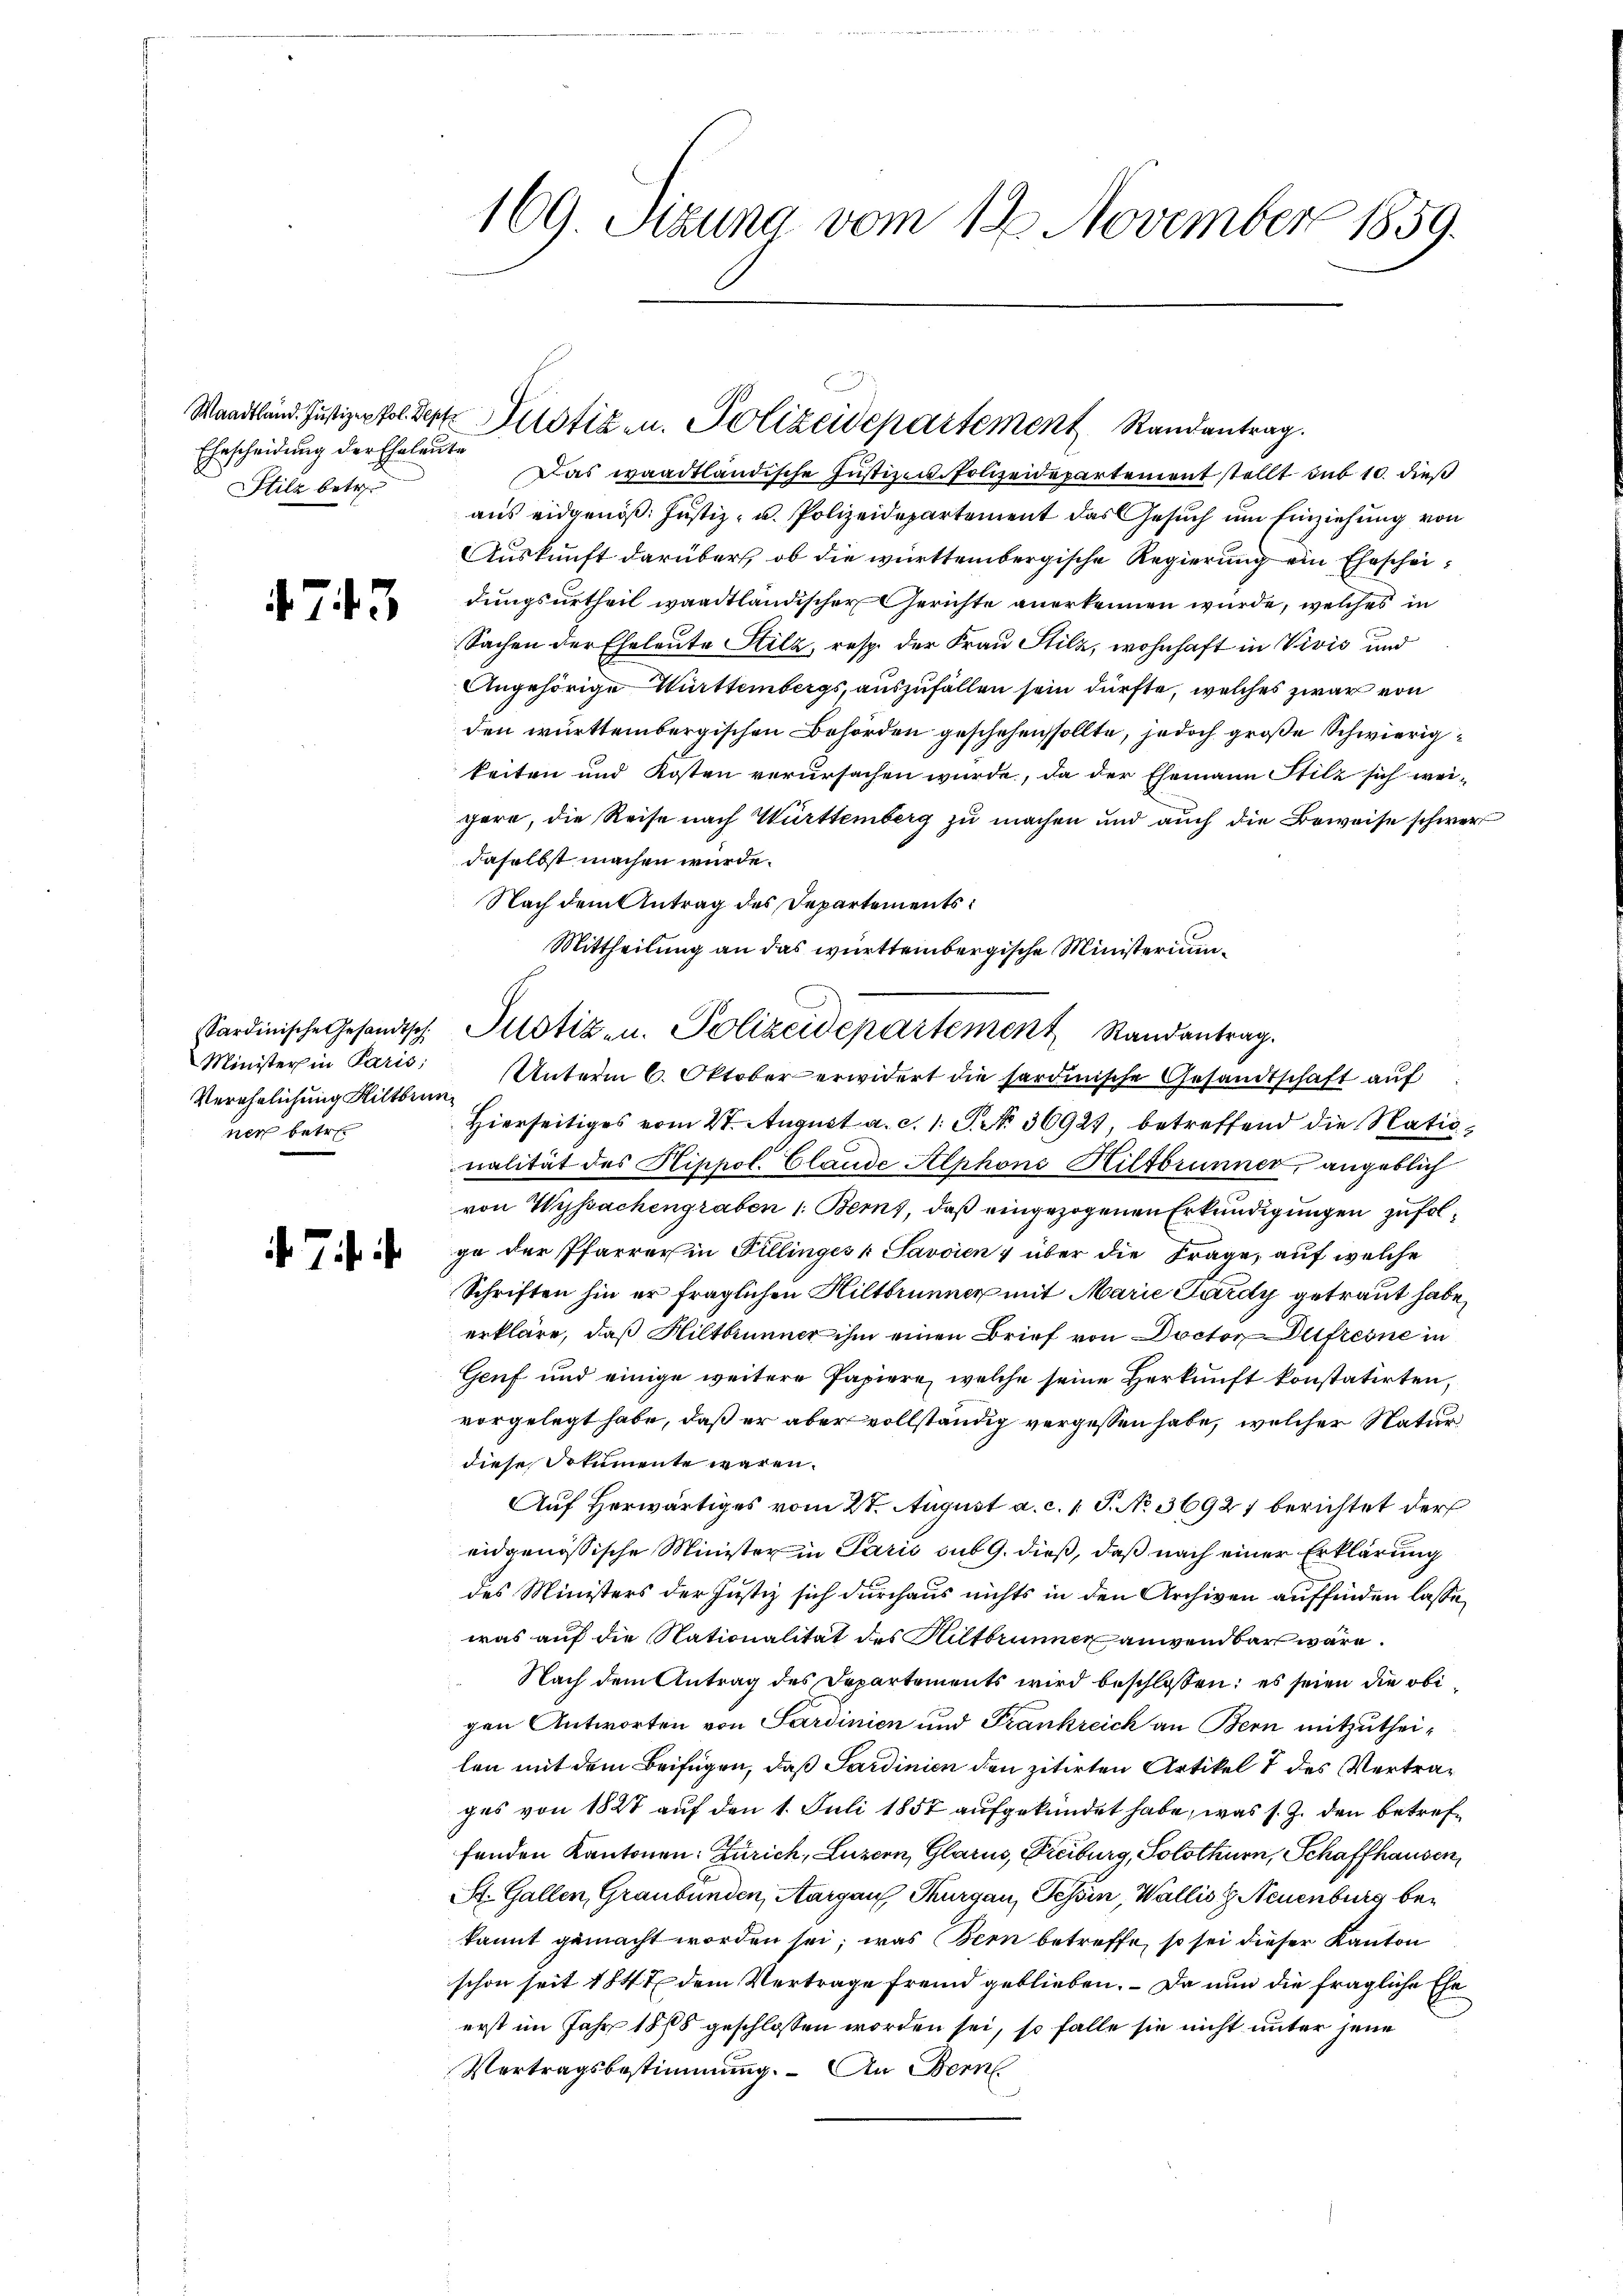
Ehescheidung der Eheleute
Silz betr.

47. 43

Sardinische Gesandtsch.
Minister in Paris;
Verehrlichung Hiltbrunnek betre

7 f

169. Stzung vom 12. November 1859.

Das waadtländische Justiz u. Polizeidepartement stellt sub 10. dieß
aus eidgenöß: Justiz- u. Polizeidepartement das Gesuch um Einziehung von
Auskunft darüber, ob die württembergische Regierung ein Ehescheidungsurtheil waadtländischer Gerichte anerkennen würde, welches in
Sachen der Eheleute Silz, resp. der Frau Stilz, wohnhaft in Vivić und
Angehörige Württembergs, auszufallen sein dürfte, welches zwar von
den württembergischen Behörden geschehen sollte, jedoch große Schwierigkeiten und Kosten verursachen würde, da der Ehemann Stilz sich wei-
gere, die Reise nach Württemberg zu machen und auch die Beweise schwer
daselbst machen würde.
Nach dem Antrag des Departements
Unterm 6. Oktober erwidert die sardinische Gesandtschaft auf
Hierseitiges vom 27. August a. c. 1 S. 36923, betreffend die Nationalität des Hippol. Claude Alphons Hiltbrunner, angeblich
von Wyssachengraben 1. Berns, daß eingezogenen Erkundigungen zufolge der Pfarrer in Pillinges u Savoien & über die Frage, auf welche
Schriften hin er fraglichen Hiltbrunner mit Marie Lardy getraut habe,
erkläre, daß Hiltbrunner ihm einen Brief von Doctor Dufresne in
Genf und einige weitere Papiere, welche seine Herkunft konstatirten,
vorgelegt habe, daß er aber vollständig vergessen habe, welcher Natur
diese Dokumente waren.
Auf Herwärtiges vom 27. August a. c. 1. P. No 36927 berichtet der
eidgenössische Minister in Paris sub 9. dieß, daß nach einer Erklärung
des Ministers der Justiz sich durchaus nichts in den Archiven auffinden lasse,
was auf die Nationalität des Hiltbrunner anwendbar wäre.
Nach dem Antrag des Departements wird beschlossen; es seien die obigen Antworten von Sardinien und Frankreich an Bern mitzutheilen mit dem Beifügen, daß Sardinien den zitirten Artikel 1 des Vertrazes von 1827 auf den 1. Juli 1857 aufgekündet habe, was s. Z. den betreffenden Kantonen: Zürich, Luzern, Glarus, Freiburg, Solothurn, Schaffhausen,
St. Gallen, Graubünden, Aargau, Thurgau, Tessin, Wallis H. Neuenburg bekannt gemacht worden sei; was Bern betreffe, so sei dieser Kanton
schon seit 1847 dem Vertrage fremd geblieben. – Da nun die fragliche Ehe
erst im Jahr 1878 geschlossen worden sei, so falle sie nicht unter jene
Vertragsbestimmung. An Bern

Waadtländ. Justizen fol. Der Mitstiz- u. Polizeidepartement Randantrag.

Mittheilung an das württembergische Ministerium
Justiz- u. Polizeidepartement Randantrag.